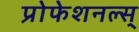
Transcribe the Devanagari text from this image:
प्रोफेशनल्स्